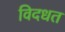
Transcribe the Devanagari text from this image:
विदधत